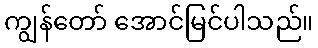
ကျွန်တော် အောင်မြင်ပါသည်။